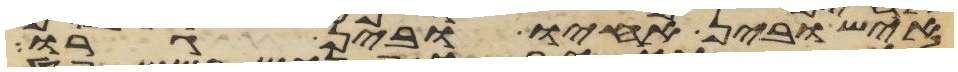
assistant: איש ובין אחיו ובין גרו